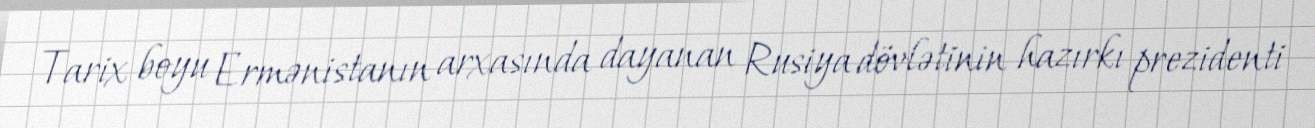
Tarix boyu Ermənistanın arxasında dayanan Rusiya dövlətinin hazırkı prezidenti